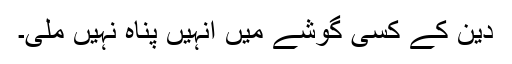
دین کے کسی گوشے میں انہیں پناہ نہیں ملی۔